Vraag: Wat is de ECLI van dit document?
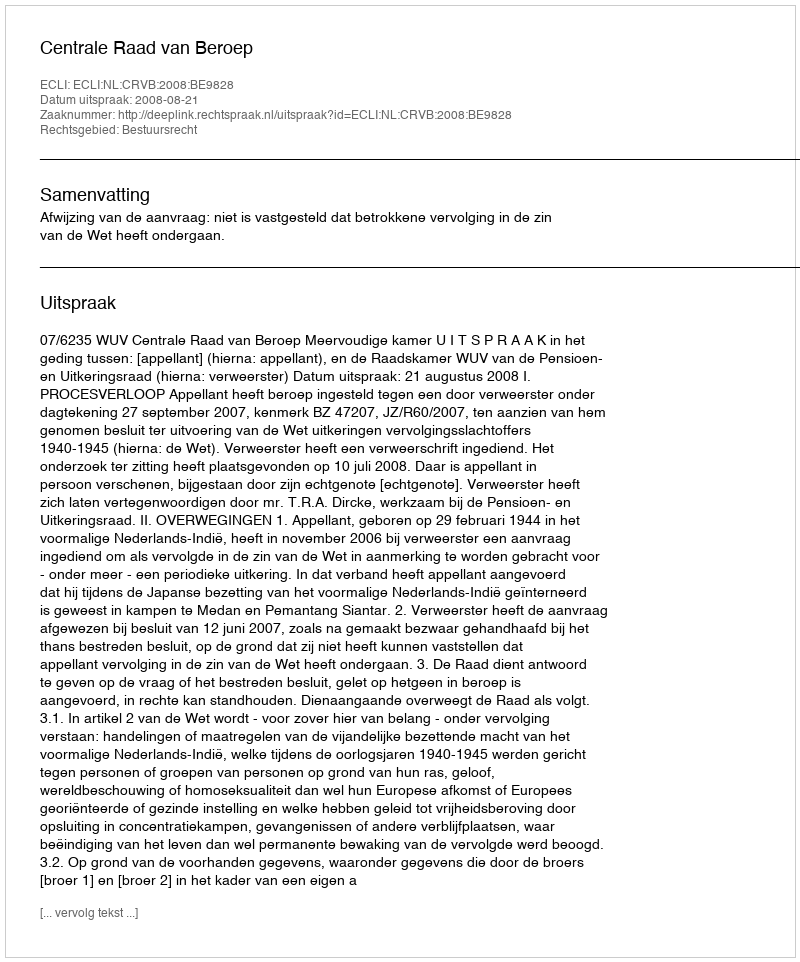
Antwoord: ECLI:NL:CRVB:2008:BE9828